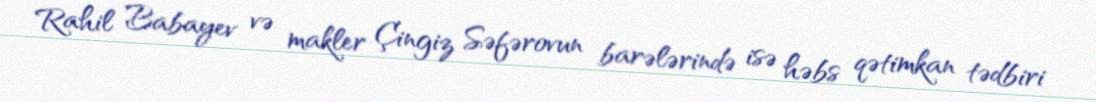
Rahil Babayev və makler Çingiz Səfərovun barələrində isə həbs qətimkan tədbiri